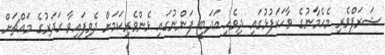
ޝަރަފްވެރި މެހެމާނުގެ ވާހަކަފުޅުގައި ދިވެހި އަދަބީ ފަންނުގައި ޅެންވެރިކަމަށް ދެވިފައިވާ ގަދަރުގެ މައްޗަށް